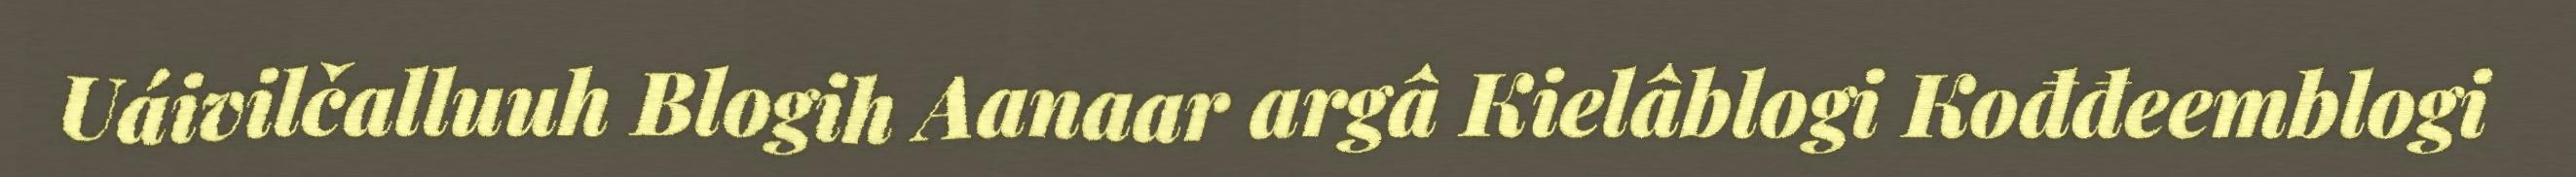
Uáivilčalluuh Blogih Aanaar argâ Kielâblogi Kođđeemblogi